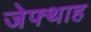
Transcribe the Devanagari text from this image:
जेफ्थाह